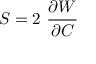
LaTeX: { \boldsymbol { S } } = 2 ~ { \cfrac { \partial W } { \partial { \boldsymbol { C } } } }